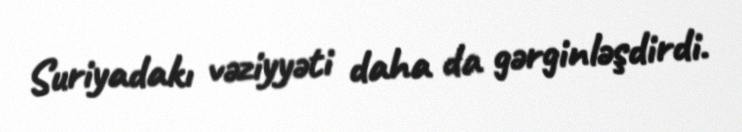
Suriyadakı vəziyyəti daha da gərginləşdirdi.